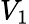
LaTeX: V_{1}